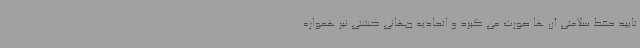
تایید حفظ سلامتی آن ها صورت می گیرد و اتحادیه جهانی کشتی نیز همواره